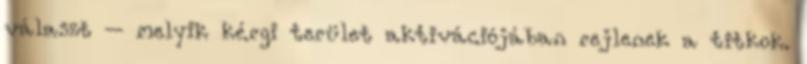
választ – melyik kérgi terület aktivációjában rejlenek a titkok.